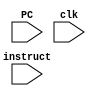
`timescale 1ns / 1ps
//////////////////////////////////////////////////////////////////////////////////
// Company: 
// Engineer: 
// 
// Design Name: 
// Module Name:    InstructTranslator 
// Project Name: 
// Target Devices: 
// Tool versions: 
// Description: 
//
// Dependencies: 
//
// Revision: 
// Revision 0.01 - File Created
// Additional Comments: 
//
//////////////////////////////////////////////////////////////////////////////////

//ALUctrl
`define ALU_ADD 3'b000
`define ALU_SUB 3'b001
`define ALU_OR 3'b010
`define ALU_NOP 3'b111

//op
`define special 6'b000000
`define ori 6'b001101
`define lw 6'b100011
`define sw 6'b101011
`define beq 6'b000100
`define lui 6'b001111
`define jal 6'b000011

//func
`define add 6'b100000
`define sub 6'b100010
`define jr 6'b001000

module InstructTranslator(
    input [31:0] instruct,
    input [31:0] PC,
    input clk
    );

    wire [5:0] op;
    wire [5:0] func;

    assign op = instruct[31:26];
    assign func = instruct[5:0];
    //instruct signal
    wire [4:0] rs;
    wire [4:0] rt;
    wire [4:0] rd;
    wire [15:0] imm16;
    wire [25:0] index26;
    wire [31:0] index32;
    reg [31:0] imm16_signExt;
    reg [31:0] imm16_zeroExt;
    //init
    assign rs = instruct[25:21];
    assign rt = instruct[20:16];
    assign rd = instruct[15:11];
    assign imm16 = instruct[15:0];
    assign index26 = instruct[25:0];
    assign index32 = {PC[31:28], index26, 2'b00};

    always @(*) begin
        
        imm16_zeroExt = {{16{1'b0}}, imm16};
        if(imm16[15] == 0)
            imm16_signExt = {{16{1'b0}}, imm16};
        else
            imm16_signExt = {{16{1'b1}}, imm16};

    end

    always @(posedge clk) begin


        if(op == `special) begin
            if(func == `add)
                $display("at ins: %h: @%h: add $%d, $%d, $%d", instruct, PC, rd, rs, rt);
            else if(func == `sub)
                $display("at ins: %h: @%h: sub $%d, $%d, $%d", instruct, PC, rd, rs, rt);
            else if(func == `jr)
                $display("at ins: %h: @%h: jr $%d", instruct, PC, rs);
        end
        else begin
            if(op == `ori)
                $display("at ins: %h: @%h: ori $%d, $%d, %h", instruct, PC, rt, rs, imm16_zeroExt);
            else if (op == `lw)
                $display("at ins: %h: @%h: lw $%d, %h($%d)", instruct, PC, rt, imm16_signExt, rs);
            else if (op == `sw)
                $display("at ins: %h: @%h: sw $%d, %h($%d)", instruct, PC, rt, imm16_signExt, rs);
            else if (op == `beq)
                $display("at ins: %h: @%h: beq $%d, $%d, %h -> %h", instruct, PC, rs, rt, imm16_signExt, PC + 4 + (imm16_signExt << 2));
            else if (op == `lui)
                $display("at ins: %h: @%h: lui $%d, %h", instruct, PC, rt, imm16_zeroExt);
            else if (op == `jal)
                $display("at ins: %h: @%h: jal %h -> %h", instruct, PC, index26, index32);
        end
    end

endmodule